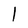
Character: 1